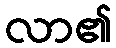
လာ၏